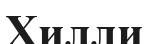
Хилли